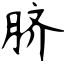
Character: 脐